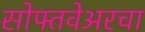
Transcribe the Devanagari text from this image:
सोफ्तवेअरचा